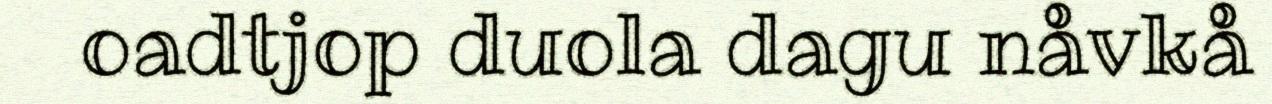
oadtjop duola dagu nåvkå